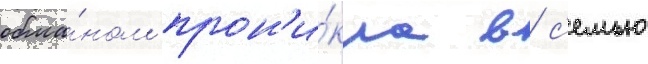
обма́ном прон'и́кла в с'емью